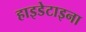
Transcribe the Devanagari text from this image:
हाइडेटाइना